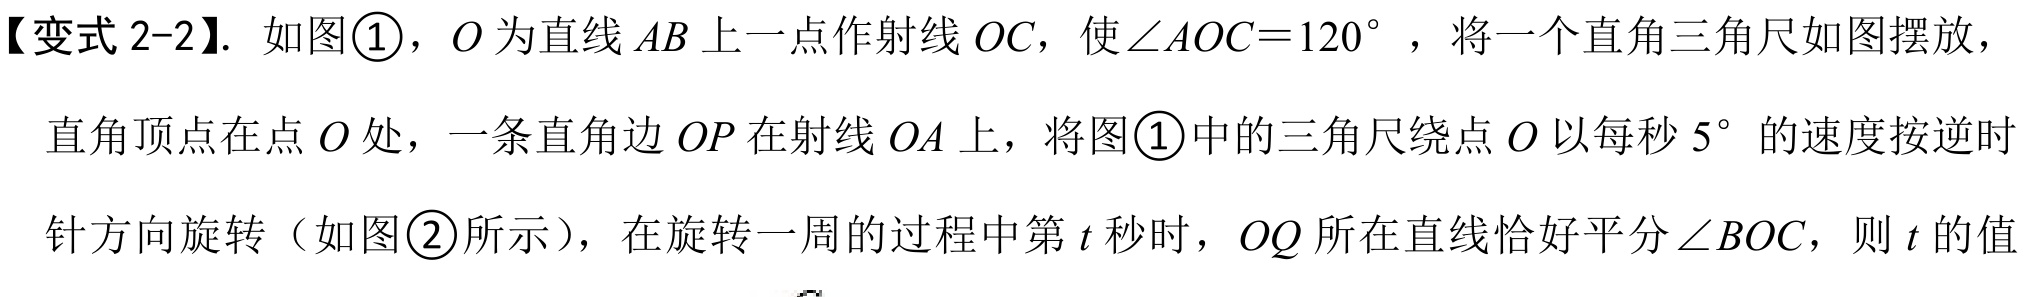
【变式 2-2】. 如图\textcircled{1}，\(O\) 为直线 \(AB\) 上一点作射线 \(OC\)，使\(\angle AOC = 120^{\circ}\) ，将一个直角三角尺如图摆放，
直角顶点在点 \(O\) 处，一条直角边 \(OP\) 在射线 \(OA\) 上，将图\textcircled{1}中的三角尺绕点 \(O\) 以每秒 \(5^{\circ}\) 的速度按逆时
针方向旋转（如图\textcircled{2}所示），在旋转一周的过程中第 \(t\) 秒时，\(OQ\) 所在直线恰好平分\(\angle BOC\)，则 \(t\) 的值